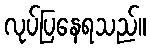
လုပ်ပြနေရသည်။